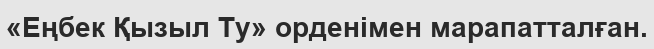
«Еңбек Қызыл Ту» орденімен марапатталған.